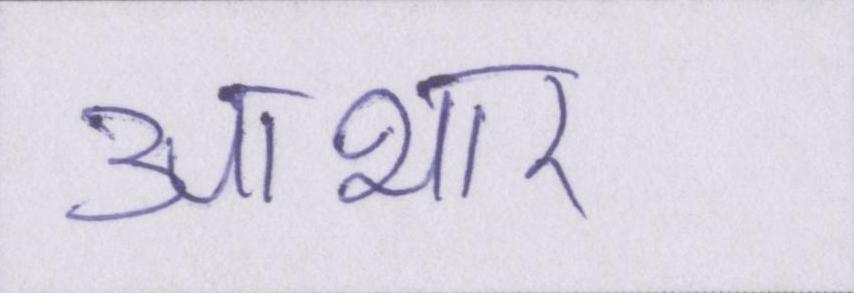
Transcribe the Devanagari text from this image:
आभार।